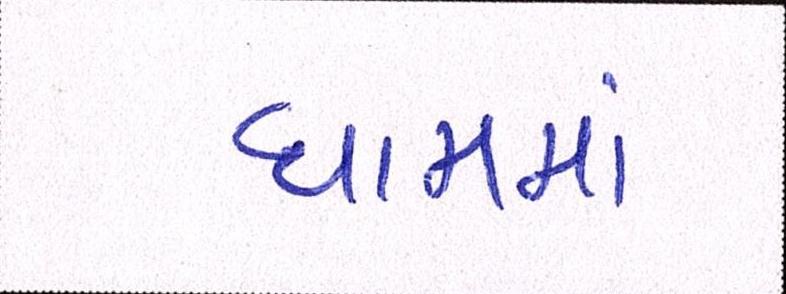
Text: ધામમાં